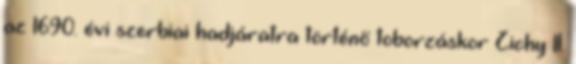
az 1690. évi szerbiai hadjáratra történő toborzáskor Zichy II.